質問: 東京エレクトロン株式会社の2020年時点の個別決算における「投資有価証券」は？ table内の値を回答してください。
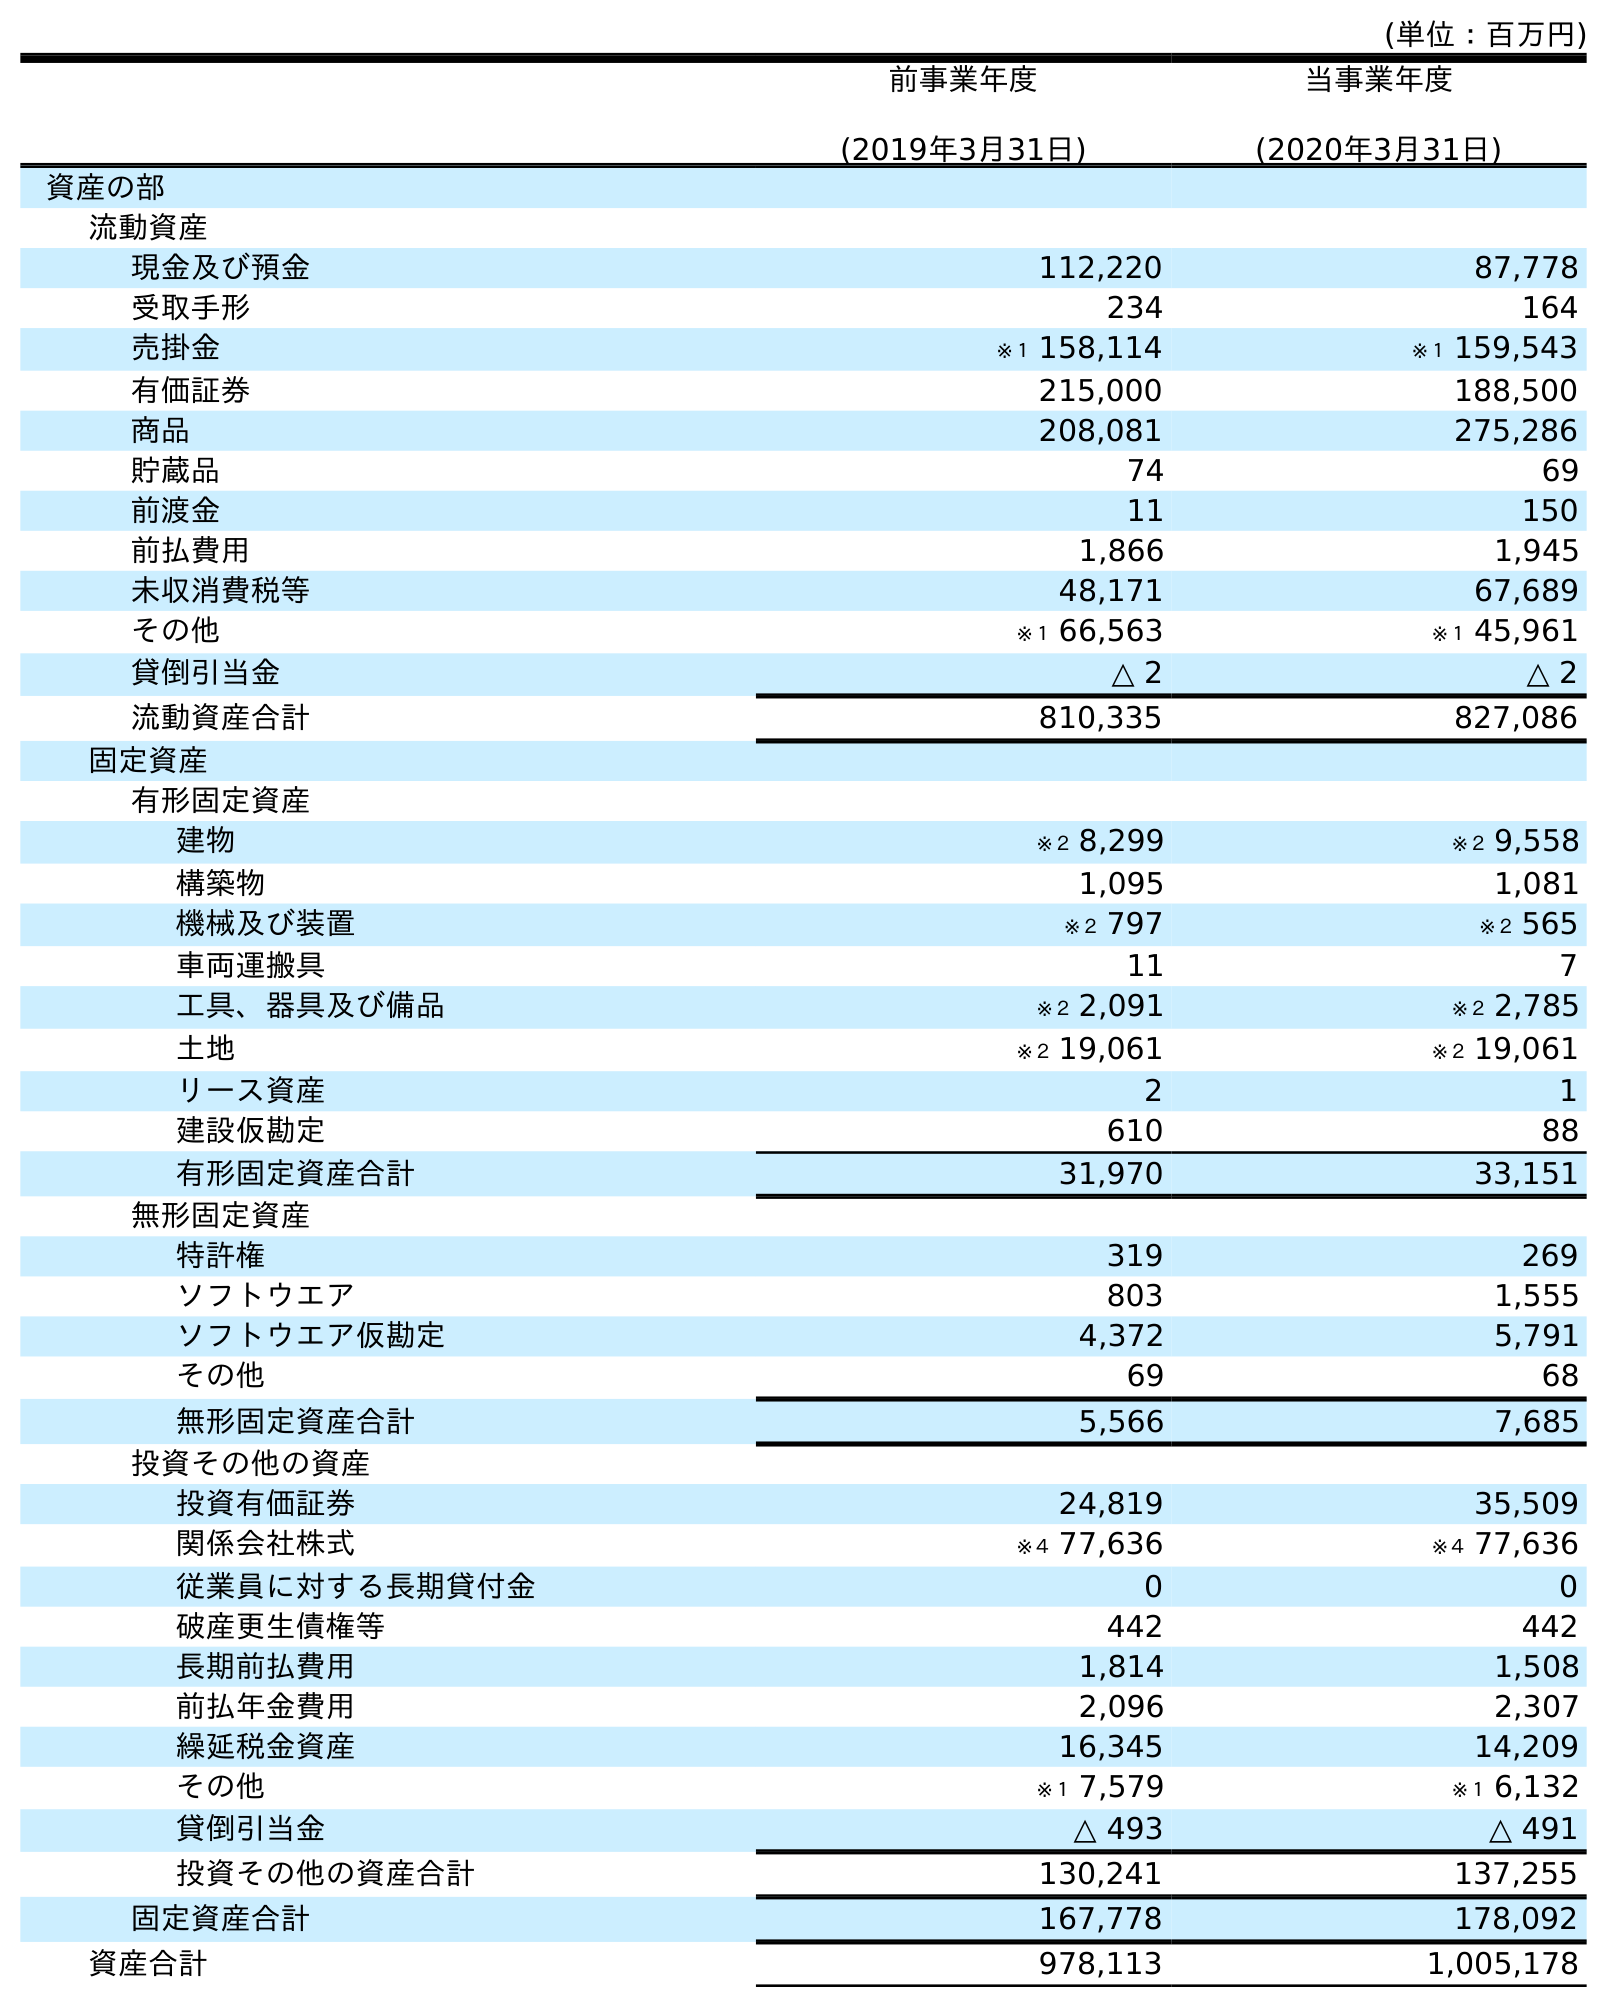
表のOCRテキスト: (単位：百万円) 前事業年度 (2019年3月31日) 当事業年度 (2020年3月31日) 資産の部 流動資産 現金及び預金 112,220 87,778 受取手形 234 164 売掛金 ※１ 158,114 ※１ 159,543 有価証券 215,000 188,500 商品 208,081 275,286 貯蔵品 74 69 前渡金 11 150 前払費用 1,866 1,945 未収消費税等 48,171 67,689 その他 ※１ 66,563 ※１ 45,961 貸倒引当金 △ 2 △ 2 流動資産合計 810,335 827,086 固定資産 有形固定資産 建物 ※２ 8,299 ※２ 9,558 構築物 1,095 1,081 機械及び装置 ※２ 797 ※２ 565 車両運搬具 11 7 工具、器具及び備品 ※２ 2,091 ※２ 2,785 土地 ※２ 19,061 ※２ 19,061 リース資産 2 1 建設仮勘定 610 88 有形固定資産合計 31,970 33,151 無形固定資産 特許権 319 269 ソフトウエア 803 1,555 ソフトウエア仮勘定 4,372 5,791 その他 69 68 無形固定資産合計 5,566 7,685 投資その他の資産 投資有価証券 24,819 35,509 関係会社株式 ※４ 77,636 ※４ 77,636 従業員に対する長期貸付金 0 0 破産更生債権等 442 442 長期前払費用 1,814 1,508 前払年金費用 2,096 2,307 繰延税金資産 16,345 14,209 その他 ※１ 7,579 ※１ 6,132 貸倒引当金 △ 493 △ 491 投資その他の資産合計 130,241 137,255 固定資産合計 167,778 178,092 資産合計 978,113 1,005,178
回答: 35,509